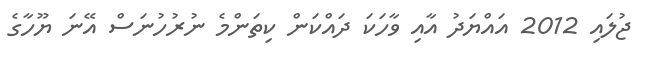
ޖުލައި 2012 އައްޔަދު އާއި ވާހަކަ ދައްކަން ކިތަންމެ ނުރުހުނަސް އޭނަ ޔޫހާގެ